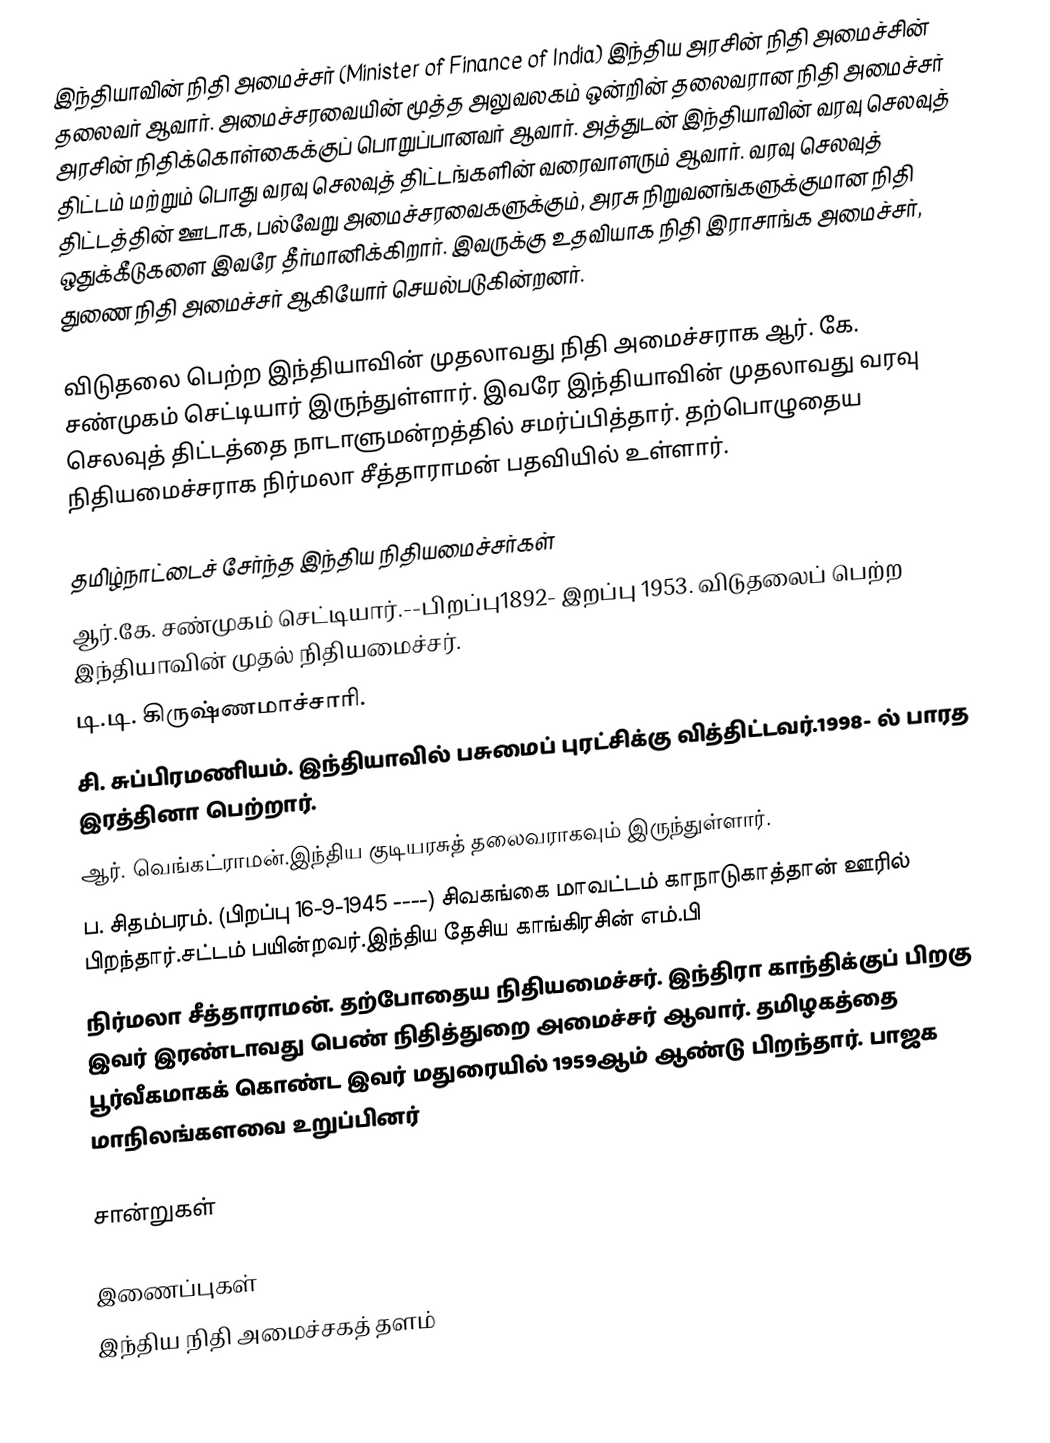
இந்தியாவின் நிதி அமைச்சர் (Minister of Finance of India) இந்திய அரசின் நிதி அமைச்சின் தலைவர் ஆவார். அமைச்சரவையின் மூத்த அலுவலகம் ஒன்றின் தலைவரான நிதி அமைச்சர் அரசின் நிதிக்கொள்கைக்குப் பொறுப்பானவர் ஆவார். அத்துடன் இந்தியாவின் வரவு செலவுத் திட்டம் மற்றும் பொது வரவு செலவுத் திட்டங்களின் வரைவாளரும் ஆவார். வரவு செலவுத் திட்டத்தின் ஊடாக, பல்வேறு அமைச்சரவைகளுக்கும், அரசு நிறுவனங்களுக்குமான நிதி ஒதுக்கீடுகளை இவரே தீர்மானிக்கிறார். இவருக்கு உதவியாக நிதி இராசாங்க அமைச்சர், துணை நிதி அமைச்சர் ஆகியோர் செயல்படுகின்றனர்.

விடுதலை பெற்ற இந்தியாவின் முதலாவது நிதி அமைச்சராக ஆர். கே. சண்முகம் செட்டியார் இருந்துள்ளார். இவரே இந்தியாவின் முதலாவது வரவு செலவுத் திட்டத்தை நாடாளுமன்றத்தில் சமர்ப்பித்தார். தற்பொழுதைய நிதியமைச்சராக நிர்மலா சீத்தாராமன் பதவியில் உள்ளார்.

தமிழ்நாட்டைச் சேர்ந்த இந்திய நிதியமைச்சர்கள்
 ஆர்.கே. சண்முகம் செட்டியார்.--பிறப்பு1892- இறப்பு 1953. விடுதலைப் பெற்ற இந்தியாவின் முதல் நிதியமைச்சர்.
 டி.டி. கிருஷ்ணமாச்சாரி.
 சி. சுப்பிரமணியம். இந்தியாவில் பசுமைப் புரட்சிக்கு வித்திட்டவர்.1998- ல் பாரத இரத்தினா பெற்றார்.
 ஆர். வெங்கட்ராமன்.இந்திய குடியரசுத் தலைவராகவும் இருந்துள்ளார்.
 ப. சிதம்பரம். (பிறப்பு 16-9-1945 ----) சிவகங்கை மாவட்டம் காநாடுகாத்தான் ஊரில் பிறந்தார்.சட்டம் பயின்றவர்.இந்திய தேசிய காங்கிரசின் எம்.பி
 நிர்மலா சீத்தாராமன். தற்போதைய நிதியமைச்சர். இந்திரா காந்திக்குப் பிறகு இவர் இரண்டாவது பெண் நிதித்துறை அமைச்சர் ஆவார். தமிழகத்தை பூர்வீகமாகக் கொண்ட  இவர் மதுரையில் 1959ஆம் ஆண்டு பிறந்தார். பாஜக மாநிலங்களவை உறுப்பினர்

சான்றுகள்

இணைப்புகள்
இந்திய நிதி அமைச்சகத் தளம்